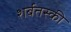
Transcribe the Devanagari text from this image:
शर्बतस्की